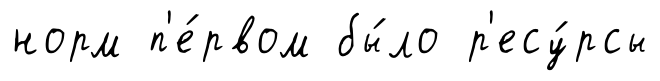
норм п'е́рвом бы́ло р'есу́рсы